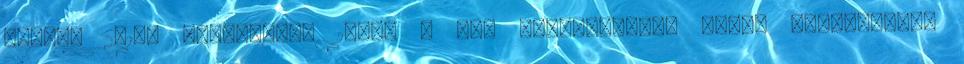
005-ös 2010. szeptember 18-án a még DB-kocsikból álló, Budapestről